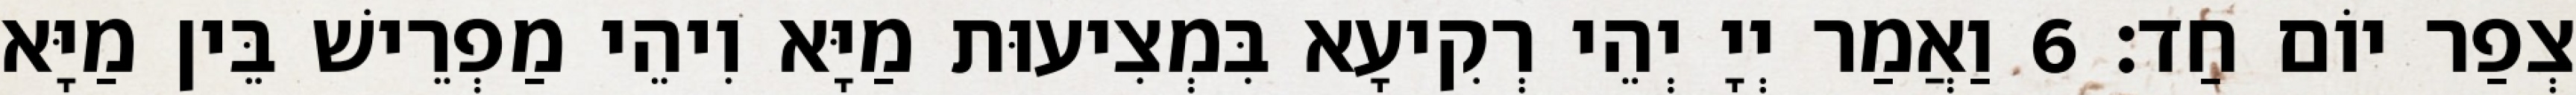
צְפַר יוֹם חַד׃ 6 וַאֲמַר יְיָ יְהֵי רְקִיעָא בִּמְצִיעוּת מַיָּא וִיהֵי מַפְרֵישׁ בֵּין מַיָּא